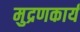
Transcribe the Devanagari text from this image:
मुद्रणकार्य